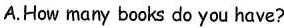
A.How many books do you have?